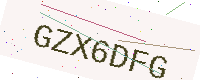
Text: GZX6DFG